Indian Medical Review
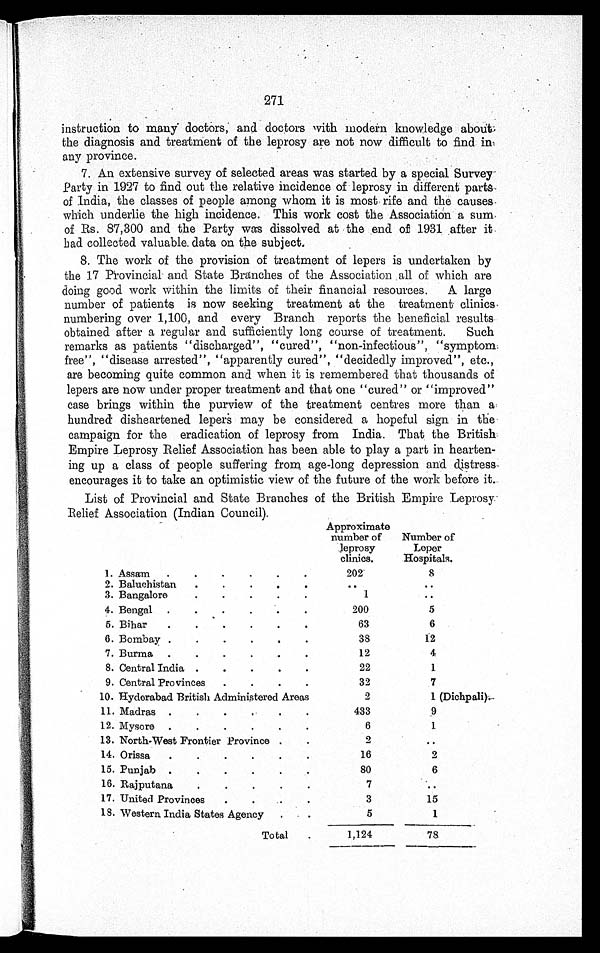
271
instruction to many doctors; and doctors with modern knowledge about
the diagnosis and treatment of the leprosy are not now difficult to find in
any province.
7. An extensive survey of selected areas was started by a special Survey
Party in 1927 to find out the relative incidence of leprosy in different parts
of India, the classes of people among whom it is most rife and the causes.
which underlie the high incidence. This work cost the Association a sum
of Rs. 87,300 and the Party was dissolved at the end of 1931 after it
had collected valuable data on the subject.
8. The work of the provision of treatment of lepers is undertaken by
the 17 Provincial and State Branches of the Association all of which are
doing good work within the limits of their financial resources. A large
number of patients is now seeking treatment at the treatment clinics
numbering over 1,100, and every Branch reports the beneficial results
obtained after a regular and sufficiently long course of treatment. Such
remarks as patients "discharged", "cured", "non-infectious", "symptom
free", "disease arrested", "apparently cured", "decidedly improved", etc.,
are becoming quite common and when it is remembered that thousands of
lepers are now under proper treatment and that one "cured" or "improved"
case brings within the purview of the treatment centres more than a
hundred di sheartened l epers may be consi dered a hopeful si gn i n the
campaign for the eradication of leprosy from India. That the British
Empire Leprosy Relief Association has been able to play a part in hearten
-
ing up a class of people suffering from age-long depression and distress
encourages it to take an optimistic view of the future of the work before it
.
List of Provincial and State Branches of the British Empire Leprosy
Relief Association (Indian Council).
Approximate
number of
leprosy
clinics.
Number of
Leper
Hospitals.
1. Assam . . .
202
8
2. Baluchistan . . .
. . .
. . .
3. Bangalore . . .
1
. . .
4. Bengal . . .
200
5
5. Bihar . . .
63
6
6. Bombay . . .
38
12
7. Burma . . .
12
4
8. Central India . . .
22
1
9. Central Provinces . . .
32
7
10. Hyderabad British Administered Areas
2
1 (Dichpali).
11. Madras . . .
433
9
12. Mysore . . .
6
1
13. North-West Frontier Province . . .
2
. . .
14. Orissa . . .
16
2
15. Punjab . . .
80
6
16. Rajputana . . .
7
. . .
17. United Provinces . . .
3
15
18. Western India States Agency . . .
5
1
Total . . .
1,124
78